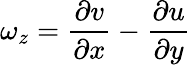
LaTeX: \omega_{z}=\frac{\partial v}{\partial x}-\frac{\partial u}{\partial y}